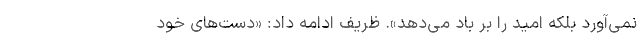
نمی‌آورد بلکه امید را بر باد می‌دهد». ظریف ادامه داد: «دست‌های خود